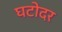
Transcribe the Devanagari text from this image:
घटोदर